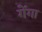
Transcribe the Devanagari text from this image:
गेंगा